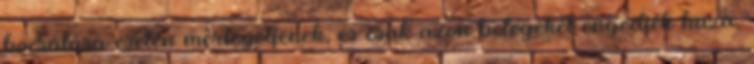
bocsátása esetén mérlegeljenek, és csak azon betegeket engedjék haza,